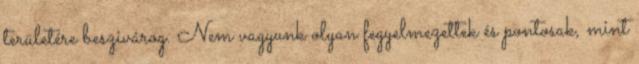
területére beszivárog. Nem vagyunk olyan fegyelmezettek és pontosak, mint